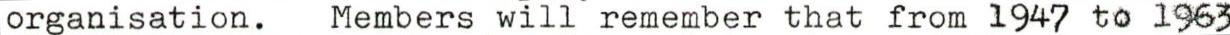
organisation. Members will remember that from 1947 to 1963